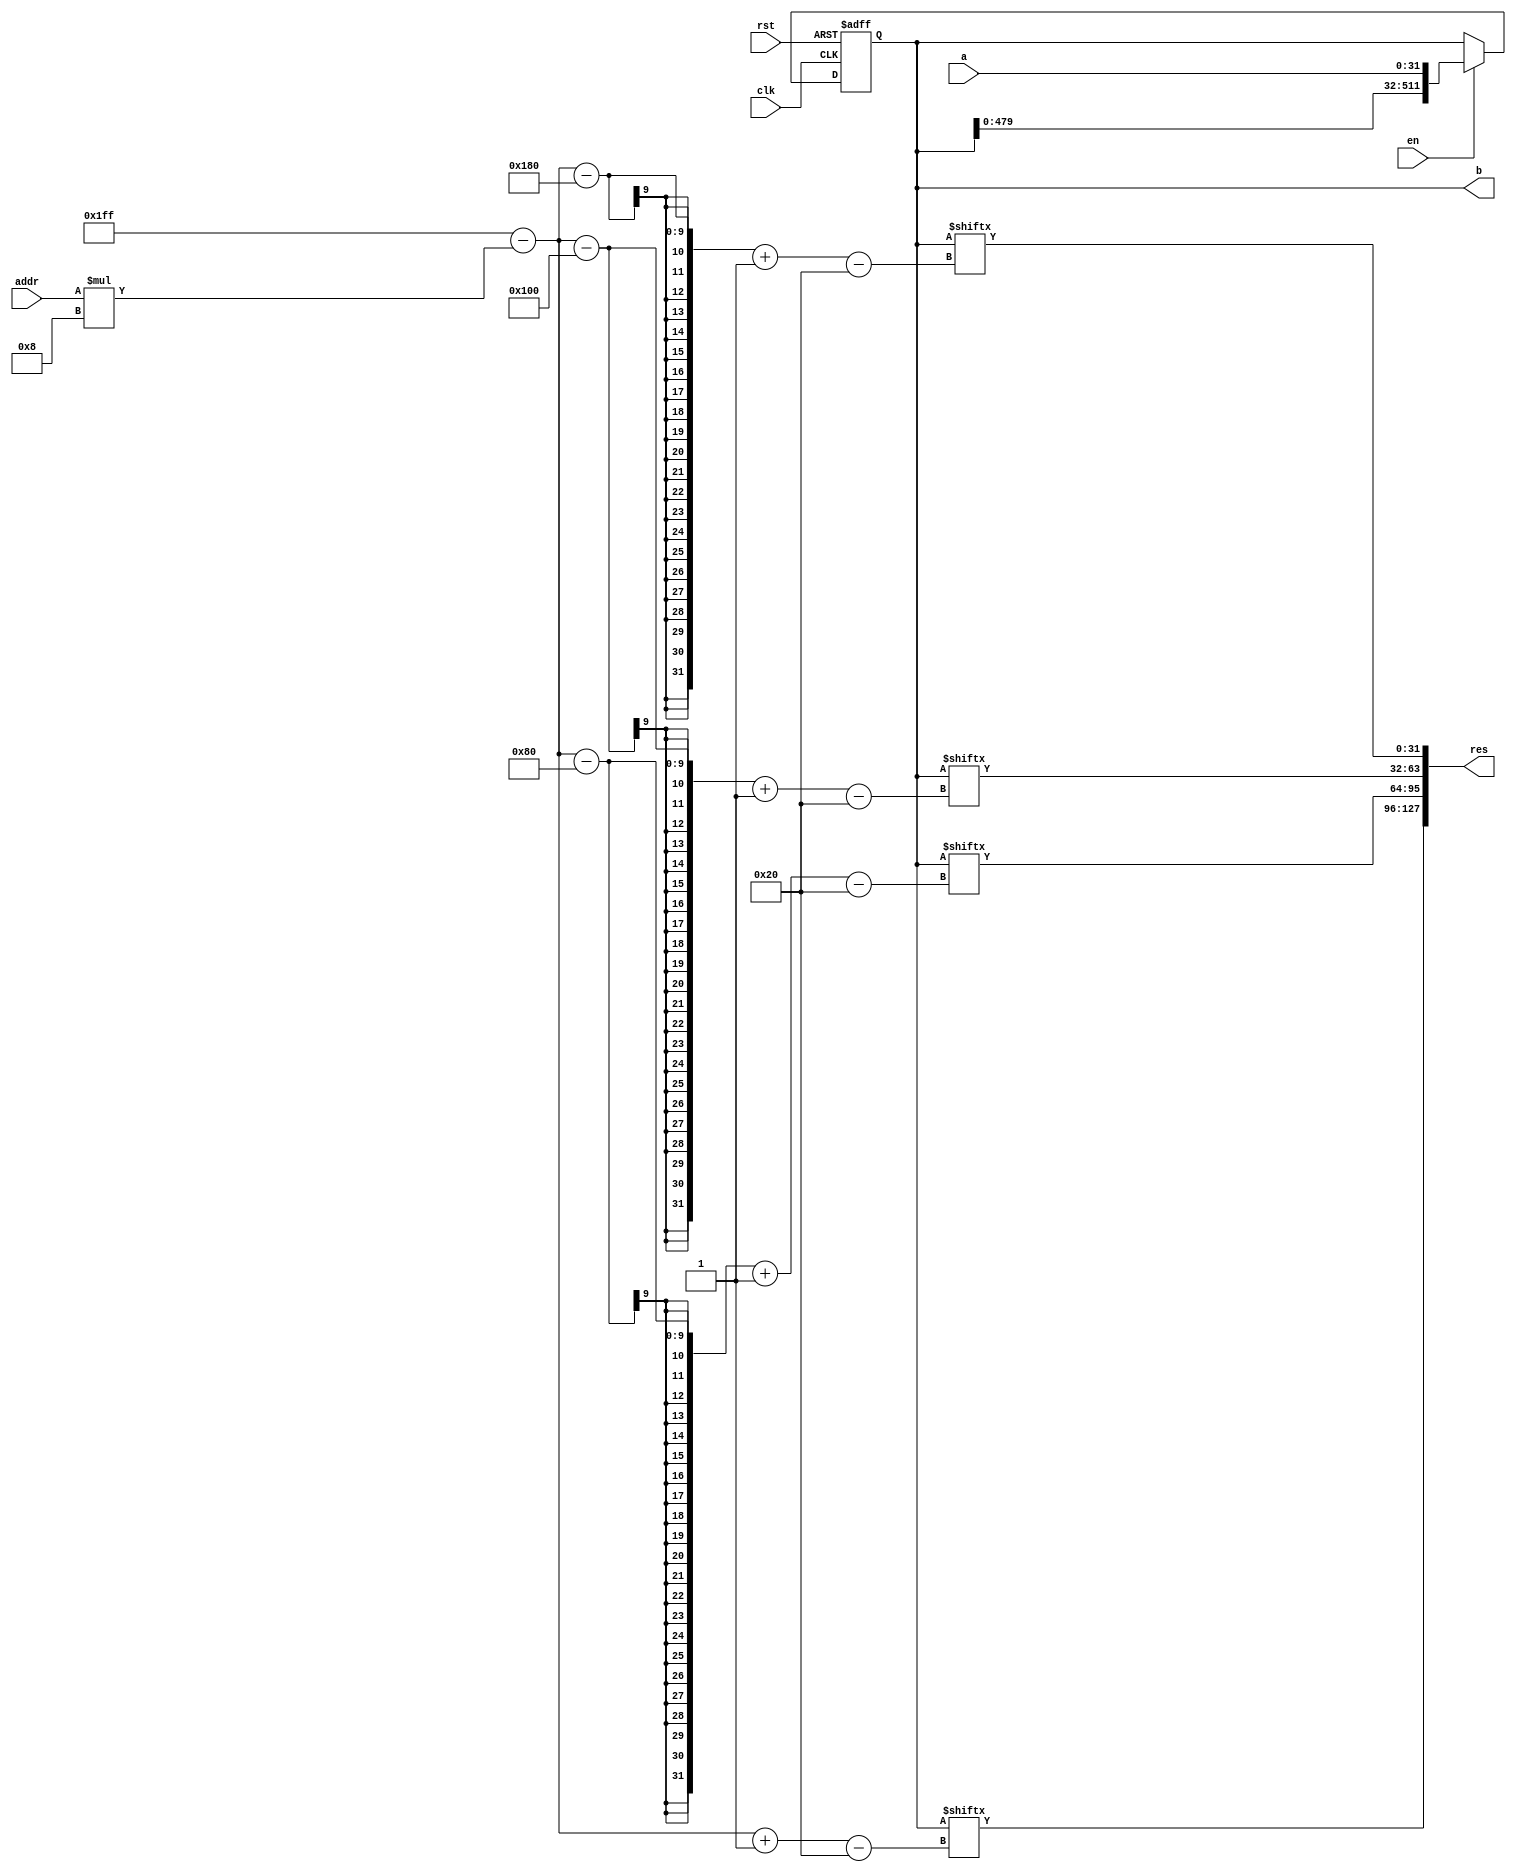
module reg64bit(a, addr, clk, rst, en, b, res);
	input [31:0] a;
	input clk, rst, en;
	input [3:0] addr;
	wire [8:0] naddr;
	assign naddr = (9'd511) - addr * 8;
	output reg [511:0] b;
	output [127:0]res;
	always @(posedge clk, posedge rst)begin
		if (rst) b = 0;
		else if (en) b <= {b[479:0], a};
	end
	assign res = {b[naddr -: 32], b[naddr - 128 -: 32], b[naddr - 256 -: 32], b[naddr - 384 -: 32]};
endmodule